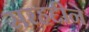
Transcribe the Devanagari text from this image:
सरहद्दीने